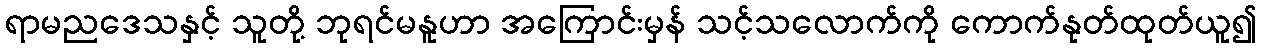
ရာမညဒေသနှင့် သူတို့ ဘုရင်မနူဟာ အကြောင်းမှန် သင့်သလောက်ကို ကောက်နုတ်ထုတ်ယူ၍